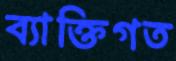
ব্যাক্তিগত